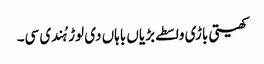
کھیتی باڑی واسطے بڑیاں باہاں دی لوڑ ہُندی سی۔